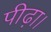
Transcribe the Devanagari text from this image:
पीढ़ा।